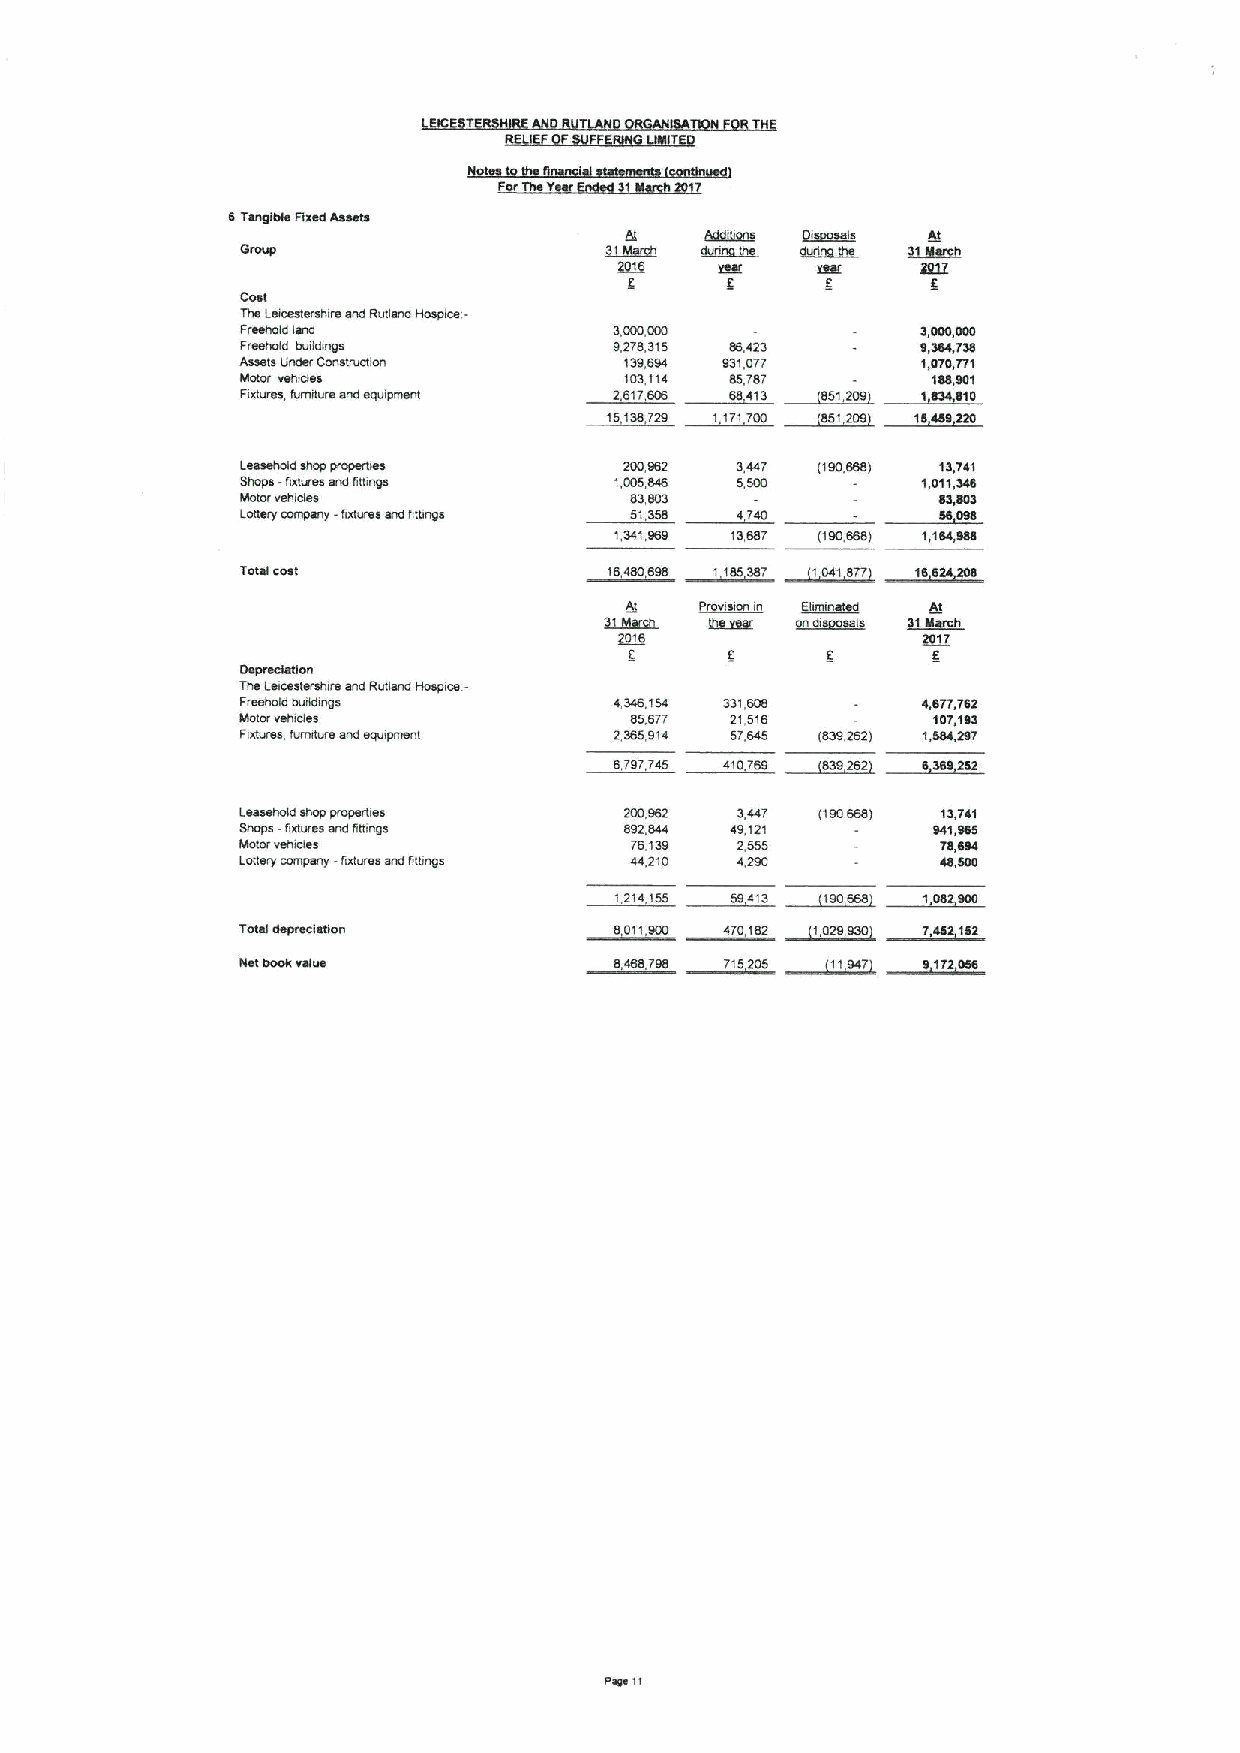
8 LSUDIO)8 dfxsP deeP~
 )YIIII
 I4$ JQlptsjpsuf/8 letp dpiEUp jxtsdios-
 JJSQUQIPlefP             5'000'000           5'000'000
 IJPIUOIP PII(ptuD~       6ZLS'EIS 99'PZC     6'EQOLCS
 ussels jfupsJ Dptsjthptou 1CO'QSP 6610./L    1'OLO'lli
 ejpoJ A$4tplt~           IDEIIX QS'LBL        199'601
 IIXIII/8$' JIIJUUIIJQ8UP ebhldUlep Z'BIL'909 99elE QSL'ZDD 1858910
 15159LZD II./1 LDD
 5sese40lp$40d Aodaills           5PPL )160998( jC'LP1
 640ds-JIX)IIJQS stipJIQUDS I'005'889 5'500   j'0jj'CPQ
 SXIIOJAPIIPSII                                QC'SOS
 OpipL ooupsuL-58xes eup uptuds SICP( ILPD
 ICPI61!6 IC'98./ l100'998( I'IQP'888
 LOOQI0081               19 IQD969 I IQSCQL
 9(    JOAISJOUIU~ 5ftptuQ(SD
 61 AsJIZI    U plllS
 5
 dedUIOISQOU
 lla1$ pfs0$84tle eup BASeup Hosd0$-
 I/$840IP lthlfPIU)ts     8EPQ'ISP EEI908     8'QLL'leZ
 WWOJA84lofS~              89'9LL ZIS19        IOL'ISC
 I!pifias /lfiufllsa eup tlbhtdUWUI I EQS'OIP SL'QPS )QCD'ZQZ( I988'ZSL
 9 L6/LPS 810l96
 gssssuttfp$40d dJod8JII8$ ZDD'69Z 5'PPL )100859( lCLPI
 6400$-JIXIAJSS8UpJPIUOS  SDZ'SPP $6'III       681'699
 sxfjoJ hsutpe~            L9'166 I'SSS        LS'QSP
 opoAI ptutdptL-JxsfJQSsUOJpUDS PP'ZI0 PZ60    PQ'800
 JOlp ped/$0)spoO         9011'600 PLD)QZ
 9899LIDSSQ ll5Z05
 oaUII